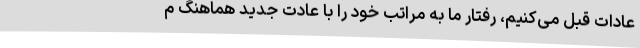
عادات قبل می‌کنیم، رفتار ما به مراتب خود را با عادت جدید هماهنگ م